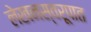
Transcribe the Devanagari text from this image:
लेखनस्वरूपात